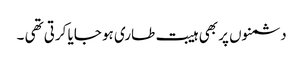
دشمنوں پر بھی ہیبت طاری ہو جایا کرتی تھی ۔